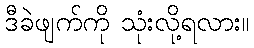
ဒီခဲဖျက်ကို သုံးလို့ရလား။